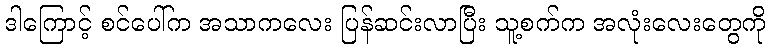
ဒါကြောင့် စင်ပေါ်က အသာကလေး ပြန်ဆင်းလာပြီး သူ့စက်က အလုံးလေးတွေကို